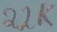
Text: 22K